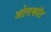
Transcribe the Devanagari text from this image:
ओलकॉट